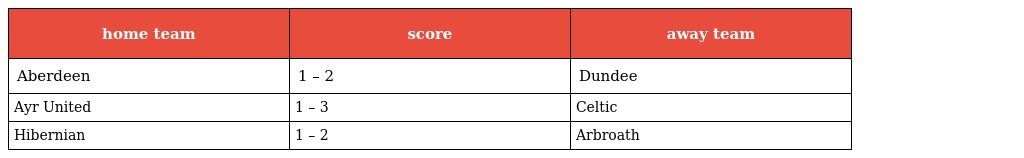
| home team | score | away team |
 | --- | --- | --- |
 | Aberdeen | 1 – 2 | Dundee |
 | Ayr United | 1 – 3 | Celtic |
 | Hibernian | 1 – 2 | Arbroath |